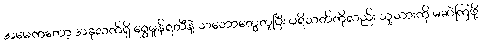
အမေကတော့ အခုလက်ရှိ ရွှေမှုန်ရတီနဲ့ သဘောတွေတူပြီး ပရိသတ်ကိုလည်း သူ့သားကို မဆဲကြဖို့